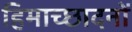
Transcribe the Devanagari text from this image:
हिमाच्छादनों